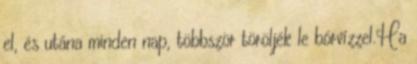
el, és utána minden nap, többször töröljék le bórvízzel.Ha